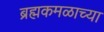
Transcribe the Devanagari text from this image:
ब्रह्मकमळाच्या